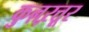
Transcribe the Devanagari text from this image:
कुऩ्ऱत्तूर